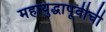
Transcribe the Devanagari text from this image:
महायुद्धापूर्वीची